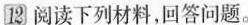
12阅读下列材料，回答问题。